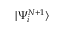
| \Psi _ { i } ^ { N + 1 } \rangle